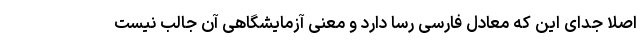
اصلا جدای این که معادل فارسی رسا دارد و معنی آزمایشگاهی آن جالب نیست